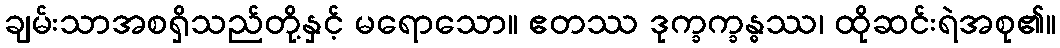
ချမ်းသာအစရှိသည်တို့နှင့် မရောသော။ ဧတဿ ဒုက္ခက္ခန္ဓဿ၊ ထိုဆင်းရဲအစု၏။